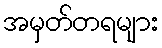
အမှတ်တရများ